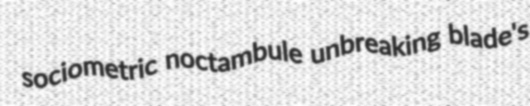
sociometric noctambule unbreaking blade's